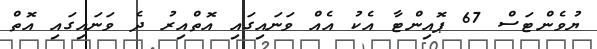
ޔުވެންޓަސް 67 ޕޮއިންޓާ އެކު އެއް ވަނައިގައި އޮތްއިރު ދެ ވަނައިގައި އޮތް